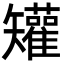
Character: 𥐓